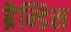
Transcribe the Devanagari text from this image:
ब्रैन्डिस